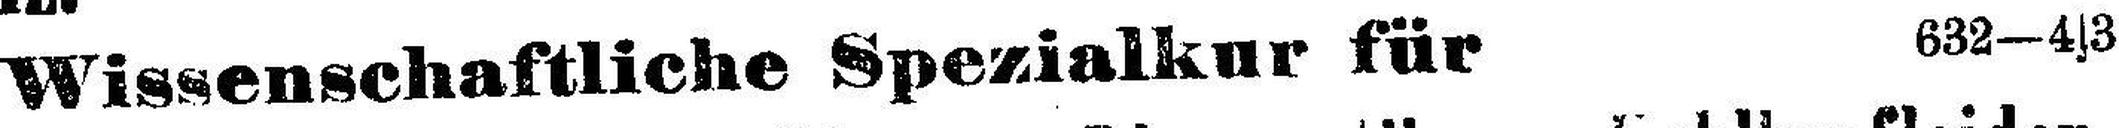
Wissenschaftliche Spezialkur für 632-4|3